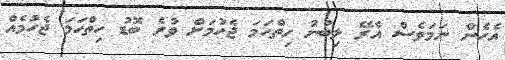
އެހެން ނަމަވެސް އެރޭ ލިބުނު ހިތްހަމަ ޖެހުމަށް ވުރެ ބޮޑު ހިތްހަމަ ޖެހުމެއް